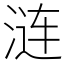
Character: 涟